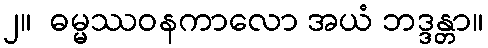
၂။  ဓမ္မဿဝနကာလော အယံ ဘဒ္ဒန္တာ။